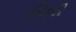
દિકરી